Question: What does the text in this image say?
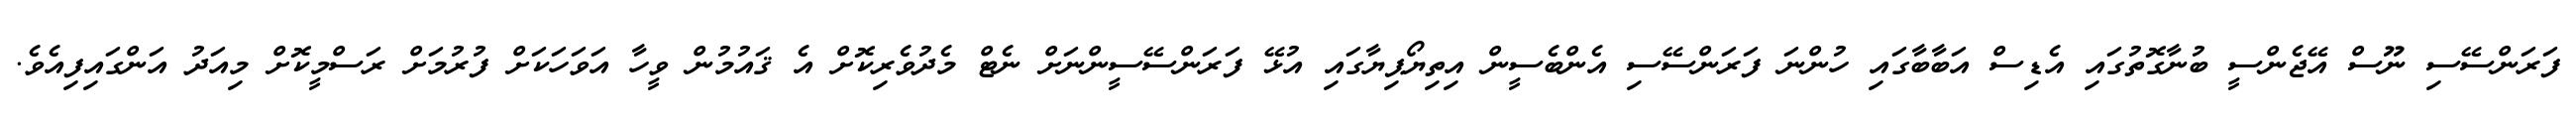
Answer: ފަރަންސޭސި ނޫސް އޭޖެންސީ ބުނާގޮތުގައި އެޑިސް އަބާބާގައި ހުންނަ ފަރަންސޭސި އެންބެސީން އިތިޔޯޕިޔާގައި އުޅޭ ފަރަންސޭސީންނަށް ނެޓް މެދުވެރިކޮށް އެ ޤައުމުން ވީހާ އަވަހަކަށް ފުރުމަށް ރަސްމީކޮށް މިއަދު އަންގައިފިއެވެ.